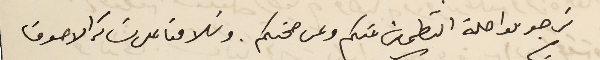
نرجو مواصلة التطمين عنكم وعن صحتكم. وسَلامنا على سَائر الاصدقا